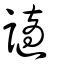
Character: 讁